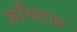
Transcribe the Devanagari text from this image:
जाँचदल